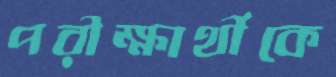
পরীক্ষার্থীকে